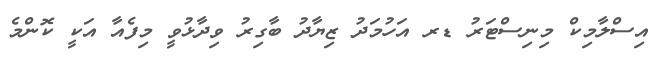
އިސްލާމިކް މިނިސްޓަރު ޑރ އަހުމަދު ޒިޔާދު ބާގިރު ވިދާޅުވީ މިފެއާ އަކީ ކޮންމެ